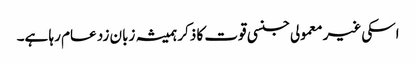
اسکی غیر معمولی جنسی قوت کا ذکر ہمیشہ زبان زد عام رہا ہے۔